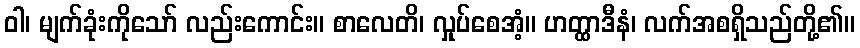
ဝါ၊ မျက်ခုံးကိုသော် လည်းကောင်း။ စာလေတိ၊ လှုပ်စေအံ့။ ဟတ္ထာဒီနံ၊ လက်အစရှိသည်တို့၏။